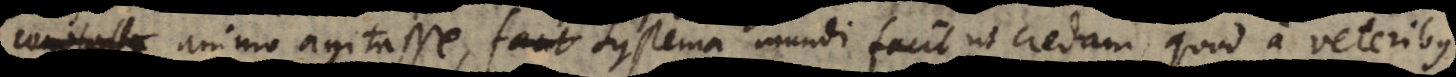
animo agitasse, Systema mundi facit ut credam, quod a veteribus